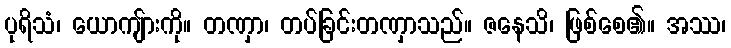
ပုရိသံ၊ ယောကျ်ားကို။ တဏှာ၊ တပ်ခြင်းတဏှာသည်။ ဇနေသိ၊ ဖြစ်စေ၏။ အဿ၊